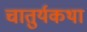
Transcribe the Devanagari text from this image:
चातुर्यकथा